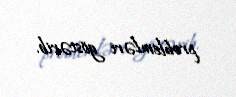
problemləri göstərib.